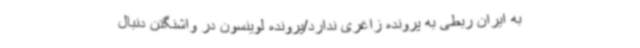
به ایران ربطی به پرونده زاغری ندارد/پرونده لوینسون در واشنگتن دنبال